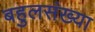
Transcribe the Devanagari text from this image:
बहुलसंख्या